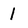
Character: l